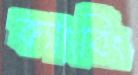
ক্যাংবিং